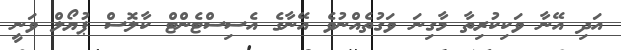
އަދި އޭނާ ވަކިކުރިތާ މާގިނަ ވަގުތެއްނުވެ އޭނާގެ އެސިސްޓެންޓް ކާލޮސް ޕުޔޯލް ވަނީ